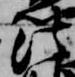
法